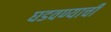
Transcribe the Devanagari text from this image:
घडवण्याची